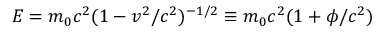
E = m _ { 0 } c ^ { 2 } ( 1 - v ^ { 2 } / c ^ { 2 } ) ^ { - 1 / 2 } \equiv m _ { 0 } c ^ { 2 } ( 1 + \phi / c ^ { 2 } )